Annual returns of the Patna Lunatic Asylum at Bankipore in Bihar and Orissa - 1912-1924
Year: 1912
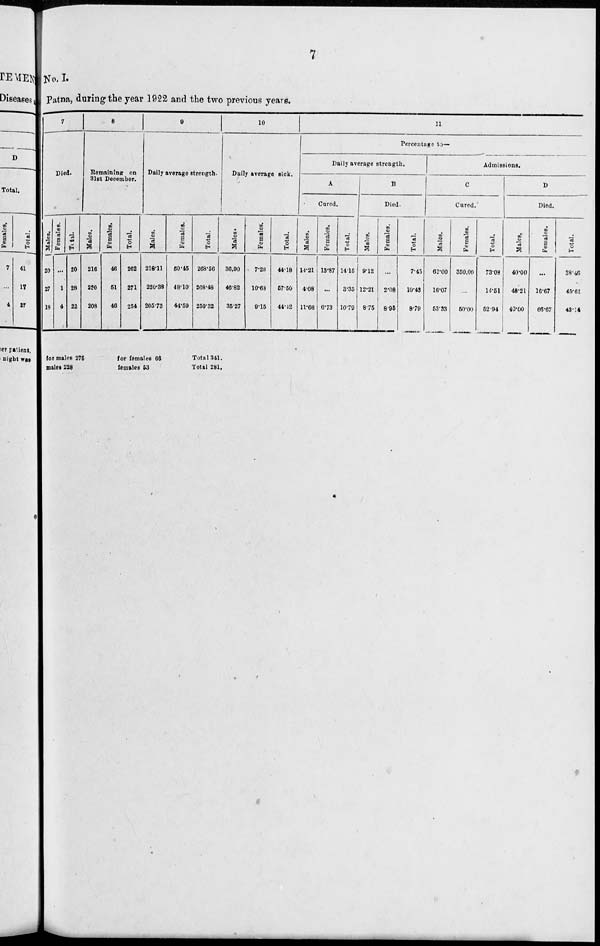
7
No. I.
Patna, during the year 1922 and the two previous years.
7
Died.
Males.
20
27
18
Females.
...
1
4
Total.
20
28
22
8
Remaining on
31st December.
Males.
216
220
208
Females.
46
51
46
Total.
262
271
254
9
Daily average strength.
Males.
218.11
220.38
205.73
Females.
50.45
48.10
44.59
Total.
268.56
268.48
250.32
10
Daily average sick.
Males.
36.90
46.82
35.27
Females.
7.28
10.63
9.15
Total.
44.18
57.50
44.42
11
Percentage to—
Daily average strength.
A
Cured.
Males.
14.21
4.08
11.66
Females.
13.87
...
6.73
Total.
14.15
3.35
10.79
B
Died.
Males.
9.12
12.21
8.75
Females.
...
2.08
8.95
Total.
7.45
10.43
8.79
Admissions.
C
Cured.
Males.
62.00
16.07
53.33
Females.
350.00
...
50.00
Total.
73.08
14.51
52.94
D
Died.
Males.
40.00
48.21
40.00
Females.
...
16.67
66.67
Total.
38.46
45.61
43.14
for males 275
males 228
for females 66
females 53
Total 341.
Total 281.